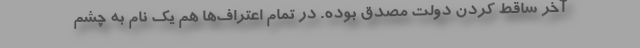
آخر ساقط کردن دولت مصدق بوده. در تمام اعتراف‌ها هم یک نام به چشم